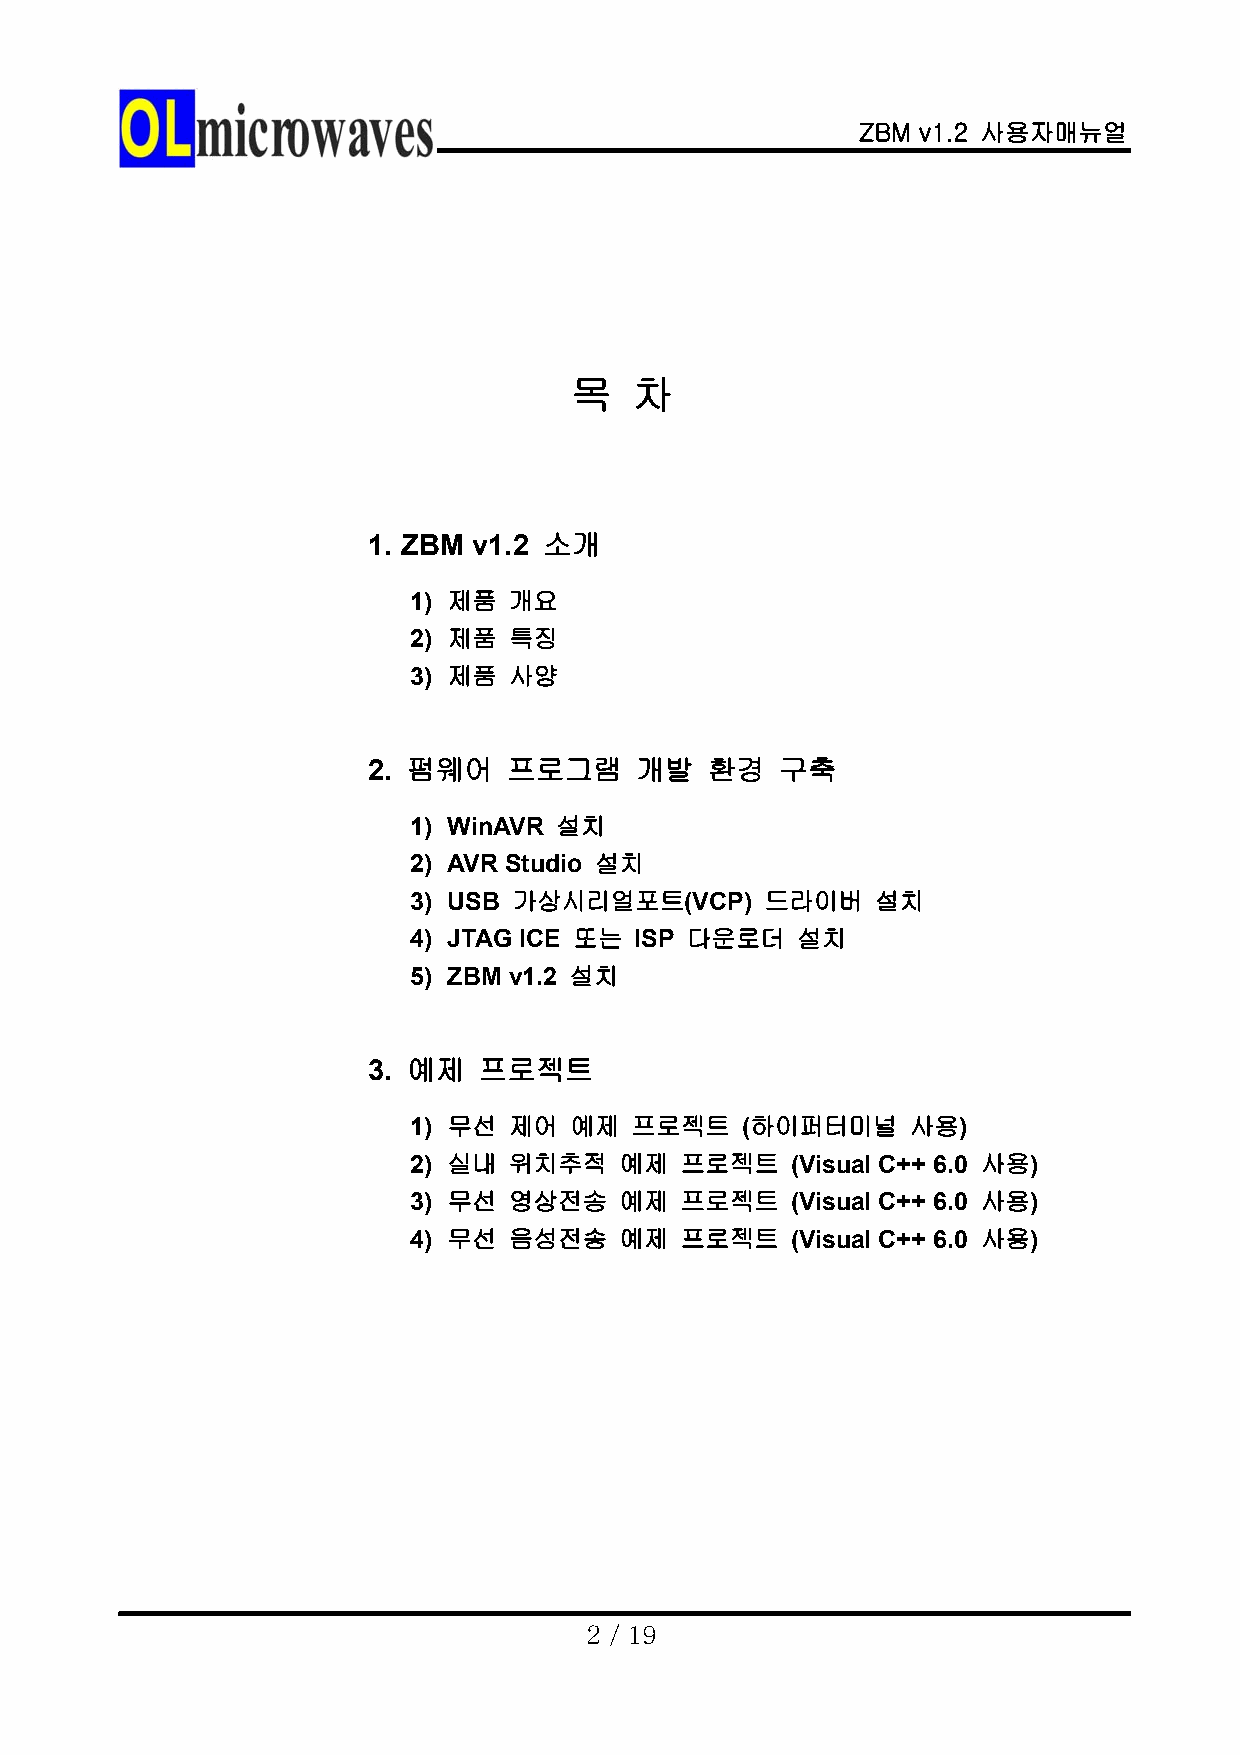
ZBM v1.2 사용자매뉴얼
 목   차
 1. ZBM v1.2 소개
 1) 제품  개요
 2) 제품  특징
 3) 제품  사양
 2. 펌웨어    프로그램    개발   환경   구축
 1) WinAVR 설치
 2) AVR Studio 설치
 3) USB 가상시리얼포트(VCP)     드라이버   설치
 4) JTAG ICE 또는 ISP 다운로더   설치
 5) ZBM v1.2 설치
 3. 예제   프로젝트
 1) 무선  제어  예제  프로젝트   (하이퍼터미널    사용)
 2) 실내  위치추적   예제  프로젝트   (Visual C++ 6.0 사용)
 3) 무선  영상전송   예제  프로젝트   (Visual C++ 6.0 사용)
 4) 무선  음성전송   예제  프로젝트   (Visual C++ 6.0 사용)
 2 / 19